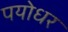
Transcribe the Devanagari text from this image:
पयोधर